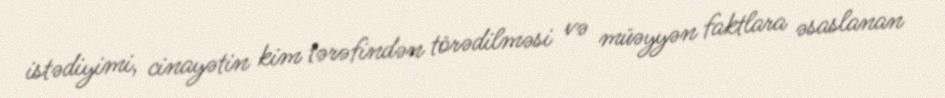
istədiyimi, cinayətin kim tərəfindən törədilməsi və müəyyən faktlara əsaslanan